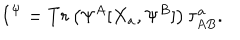
I ^ { \Psi } = T r \left( \Psi ^ { A } [ X _ { a } , \Psi ^ { B } ] \right) \tau _ { A B } ^ { a } .